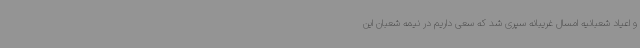
و اعیاد شعبانیه امسال غریبانه سپری شد که سعی داریم در نیمه شعبان این